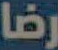
رضا